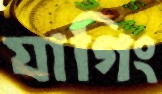
যাগিং